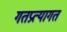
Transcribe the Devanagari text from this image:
गतप्रत्यागत